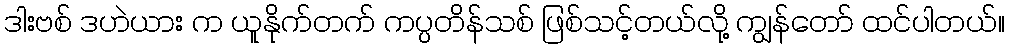
ဒါးဗစ် ဒဟဲယား က ယူနိုက်တက် ကပ္ပတိန်သစ် ဖြစ်သင့်တယ်လို့ ကျွန်တော် ထင်ပါတယ်။